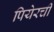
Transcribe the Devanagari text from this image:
पियेरची